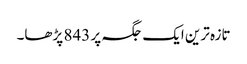
تازہ ترین ایک جگہ پر 843 پڑھا۔